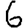
Digit: 6